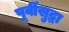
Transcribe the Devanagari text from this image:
पूर्वीसुद्धा